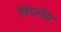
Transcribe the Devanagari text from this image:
विंगलेस